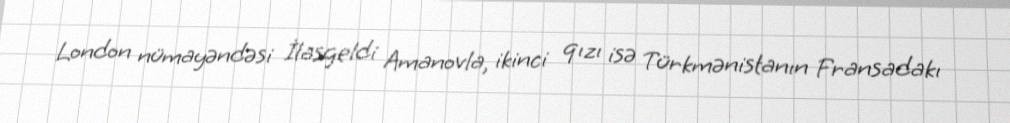
London nümayəndəsi İlasgeldi Amanovla, ikinci qızı isə Türkmənistanın Fransadakı